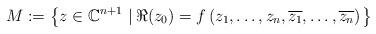
LaTeX: \begin{align*}M:=\left\{z\in\mathbb{C}^{n+1}\,\left|\,\Re(z_0)=f\left(z_1,\ldots, z_n,\overline{z_1},\ldots, \overline{z_n}\right)\right.\right\}\end{align*}